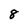
Character: 8